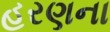
હરણના